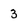
Character: 3